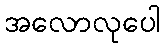
အလောလုပေါ